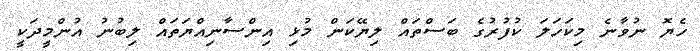
ހެޔޮ ނުވާނެ މިކަހަލަ ކުފުރުގެ ބަސްތައް ލިޔޭކަން މުޅި އިންސާނިއްޔަތައް ލިބުނު އުންމީދަކީ